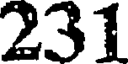
231